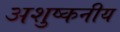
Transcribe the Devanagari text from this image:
अशुष्कनीय